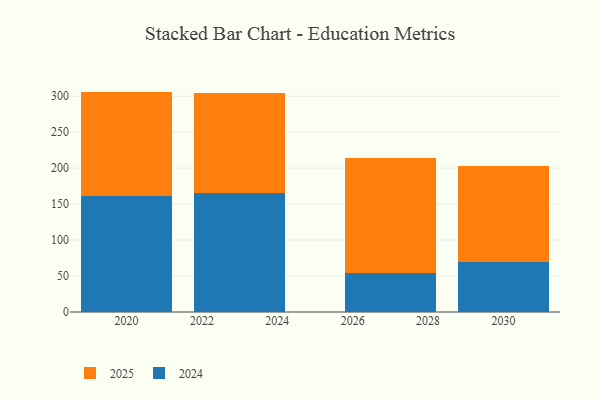
{"axis": {"x": "Year", "y": "Latency (ms)"}, "legend": ["2024", "2025"], "data": [{"x": "2023", "y": 139.4, "type": "2025"}, {"x": "2023", "y": 165.4, "type": "2024"}, {"x": "2020", "y": 145.5, "type": "2025"}, {"x": "2020", "y": 161.0, "type": "2024"}, {"x": "2030", "y": 134.0, "type": "2025"}, {"x": "2030", "y": 69.1, "type": "2024"}, {"x": "2027", "y": 159.4, "type": "2025"}, {"x": "2027", "y": 54.7, "type": "2024"}]}